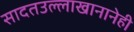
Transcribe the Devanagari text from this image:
सादतउल्लाखानानेही